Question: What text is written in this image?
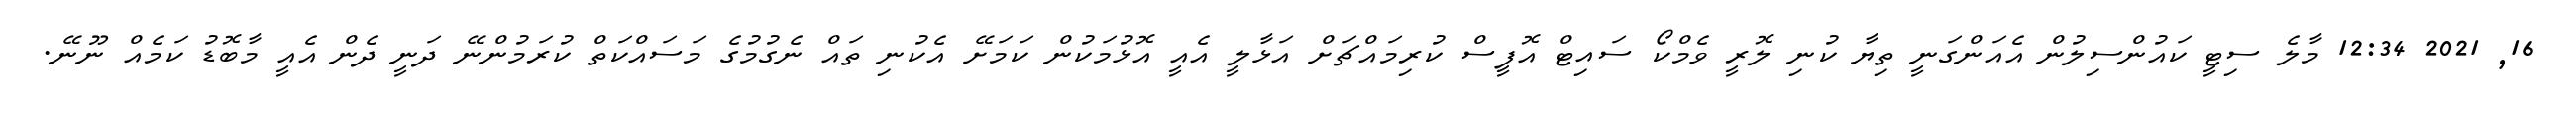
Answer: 16, 2021 12:34 މާލެ ސިޓީ ކައުންސިލުން އެއަންގަނީ ތިޔާ ކުނި ލޮރީ ވެމްކޯ ސައިޓް އޮފީސް ކުރިމައްޗަށް އަޅާލީ އެއީ އޮޅުމަކުން ކަމަށޭ އެކުނި ތައް ނެގުމުގެ މަސައްކަތް ކުރަމުންނޭ ދަނީ ދެން އެއީ މާބޮޑު ކަމެއް ނޫނޭ.